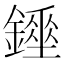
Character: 𨭇